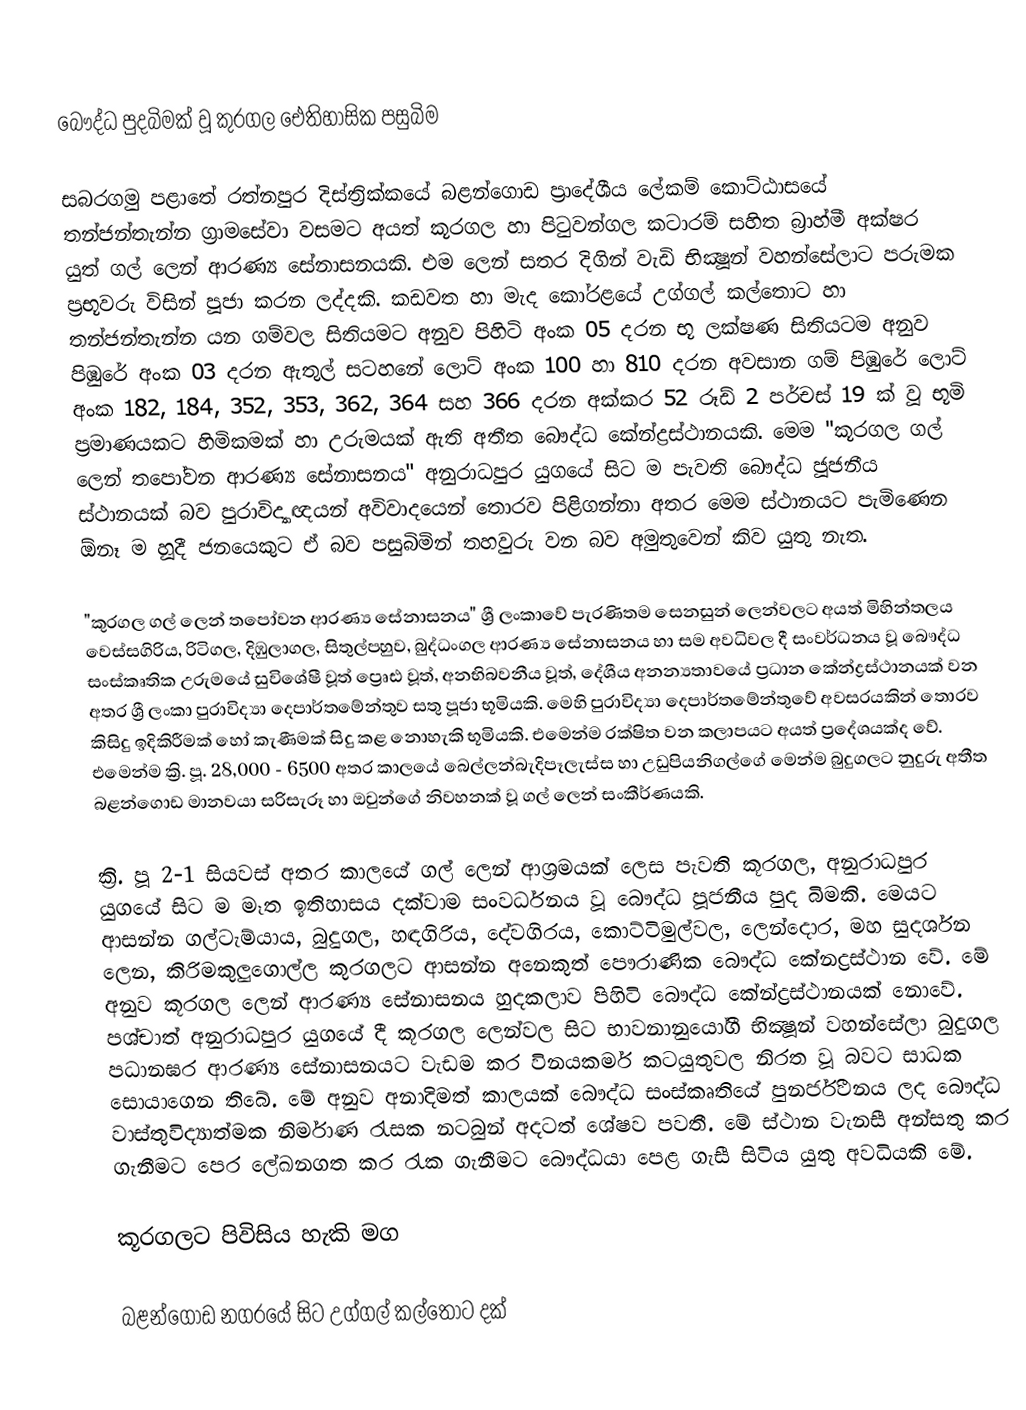

බෞද්ධ පුදබිමක් වූ  කුරගල ඓතිහාසික පසුබිම

සබරගමු පළාතේ රත්නපුර දිස්‌ත්‍රික්‌කයේ බළන්ගොඩ ප්‍රාදේශීය ලේකම් කොට්‌ඨාසයේ තන්ජන්තැන්න ග්‍රාමසේවා වසමට අයත් කූරගල හා පිටුවන්ගල කටාරම් සහිත බ්‍රාහ්මී අක්‌ෂර යුත් ගල් ලෙන් ආරණ්‍ය සේනාසනයකි. එම ලෙන් සතර දිගින් වැඩි භික්‍ෂූන් වහන්සේලාට පරුමක ප්‍රභූවරු විසින් පූජා කරන ලද්දකි. කඩවත හා මැද කෝරළයේ උග්ගල් කල්තොට හා තන්ජන්තැන්න යන ගම්වල සිතියමට අනුව පිහිටි අංක 05 දරන භූ ලක්‌ෂණ සිතියටම අනුව පිඹුරේ අංක 03 දරන ඇතුල් සටහනේ ලොට්‌ අංක 100 හා 810 දරන අවසාන ගම් පිඹුරේ ලොට්‌ අංක 182, 184, 352, 353, 362, 364 සහ 366 දරන අක්‌කර 52 රූඩ් 2 පර්චස්‌ 19 ක්‌ වූ භූමි ප්‍රමාණයකට හිමිකමක්‌ හා උරුමයක්‌ ඇති අතීත බෞද්ධ කේන්ද්‍රස්‌ථානයකි. මෙම "කූරගල ගල් ලෙන් තපෝවන ආරණ්‍ය සේනාසනය" අනුරාධපුර යුගයේ සිට ම පැවති බෞද්ධ ජූජනීය ස්‌ථානයක්‌ බව පුරාවිද්‍යාඥයන් අවිවාදයෙන් තොරව පිළිගන්නා අතර මෙම ස්‌ථානයට පැමිණෙන ඕනෑ ම හූදී ජනයෙකුට ඒ බව පසුබිමින් තහවුරු වන බව අමුතුවෙන් කිව යුතු නැත.

"කුරගල ගල් ලෙන් තපෝවන ආරණ්‍ය සේනාසනය" ශ්‍රී ලංකාවේ පැරණිතම සෙනසුන් ලෙන්වලට අයත් මිහින්තලය වෙස්‌සගිරිය, රිටිගල, දිඹුලාගල, සිතුල්පහුව, බුද්ධංගල ආරණ්‍ය සේනාසනය හා සම අවධිවල දී සංවර්ධනය වූ බෞද්ධ සංස්‌කෘතික උරුමයේ සුවිශේෂී වූත් ප්‍රෙෘඪ වූත්, අනභිබවනීය වූත්, දේශීය අනන්‍යතාවයේ ප්‍රධාන කේන්ද්‍රස්‌ථානයක්‌ වන අතර ශ්‍රී ලංකා පුරාවිද්‍යා දෙපාර්තමේන්තුව සතු පූජා භූමියකි. මෙහි පුරාවිද්‍යා දෙපාර්තමේන්තුවේ අවසරයකින් තොරව කිසිදු ඉදිකිරීමක්‌ හෝ කැණීමක්‌ සිදු කළ නොහැකි භූමියකි. එමෙන්ම රක්‌ෂිත වන කලාපයට අයත් ප්‍රදේශයක්‌ද වේ. එමෙන්ම ක්‍රි. පූ. 28,000 - 6500 අතර කාලයේ බෙල්ලන්බැදිපෑලැස්‌ස හා උඩුපියනිගල්ගේ මෙන්ම බුදුගලට නුදුරු අතීත බළන්ගොඩ මානවයා සරිසැරූ හා ඔවුන්ගේ නිවහනක්‌ වූ ගල් ලෙන් සංකීර්ණයකි.

ක්‍රි. පූ 2-1 සියවස්‌ අතර කාලයේ ගල් ලෙන් ආශ්‍රමයක්‌ ලෙස පැවති කූරගල, අනුරාධපුර යුගයේ සිට ම මෑත ඉතිහාසය දක්‌වාම සංවර්ධනය වූ බෞද්ධ පූජනීය පුද බිමකි. මෙයට ආසන්න ගල්ටැම්යාය, බුදුගල, හඳගිරිය, දේවගිරය, කොට්‌ටිමුල්වල, ලෙන්දොර, මහ සුදර්ශන ලෙන, කිරිමකුලුගොල්ල කුරගලට ආසන්න අනෙකුත් පෞරාණික බෞද්ධ කේනද්‍රස්‌ථාන වේ. මේ අනුව කූරගල ලෙන් ආරණ්‍ය සේනාසනය හුදකලාව පිහිටි බෞද්ධ කේන්ද්‍රස්‌ථානයක්‌ නොවේ. පශ්චාත් අනුරාධපුර යුගයේ දී කූරගල ලෙන්වල සිට භාවනානුයෝගී භික්‍ෂූන් වහන්සේලා බුදුගල පධානඝර ආරණ්‍ය සේනාසනයට වැඩම කර විනයකර්ම කටයුතුවල නිරත වූ බවට සාධක සොයාගෙන තිබේ. මේ අනුව අනාදිමත් කාලයක්‌ බෞද්ධ සංස්‌කෘතියේ පුනර්ජීවනය ලද බෞද්ධ වාස්‌තුවිද්‍යාත්මක නිර්මාණ රැසක නටබුන් අදටත් ශේෂව පවතී. මේ ස්‌ථාන වැනසී අන්සතු කර ගැනීමට පෙර ලේඛනගත කර රැක ගැනීමට බෞද්ධයා පෙළ ගැසී සිටිය යුතු අවධියකි මේ.

කූරගලට පිවිසිය හැකි මග

බළන්ගොඩ නගරයේ සිට උග්ගල් කල්තොට දක්